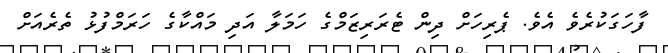
ފާހަގަކުރެވެ އެވެ. ޕެރިހަށް ދިން ޓެރަރިޒަމްގެ ހަމަލާ އަދި މައްކާގެ ހަރަމްފުޅު ތެރެއަށް